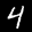
Label: 4